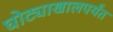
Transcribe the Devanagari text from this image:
घोट्याखालपर्यंत